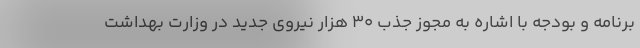
برنامه و بودجه با اشاره به مجوز جذب ۳۰ هزار نیروی جدید در وزارت بهداشت